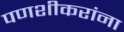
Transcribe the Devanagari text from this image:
पणशीकरांना